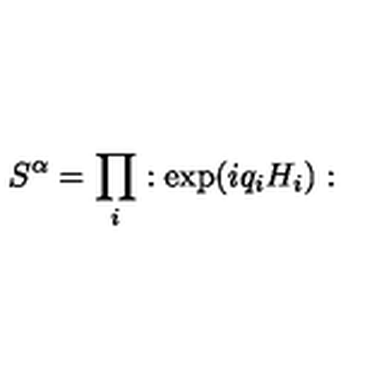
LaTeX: S ^ { \alpha } = \prod _ { i } : \exp ( i q _ { i } H _ { i } ) :